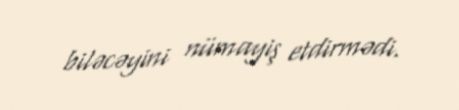
biləcəyini nümayiş etdirmədi.